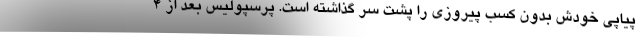
پیاپی خودش بدون کسب پیروزی را پشت سر گذاشته است. پرسپولیس بعد از 4